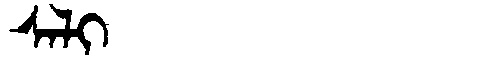
Manchu: ᠰᠠᠯᡳ
Romanization: SALI